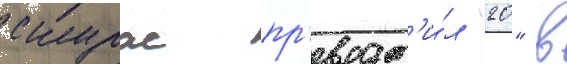
скурас пр'еврат'и́л "20" в